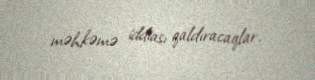
məhkəmə iddiası qaldıracaqlar.